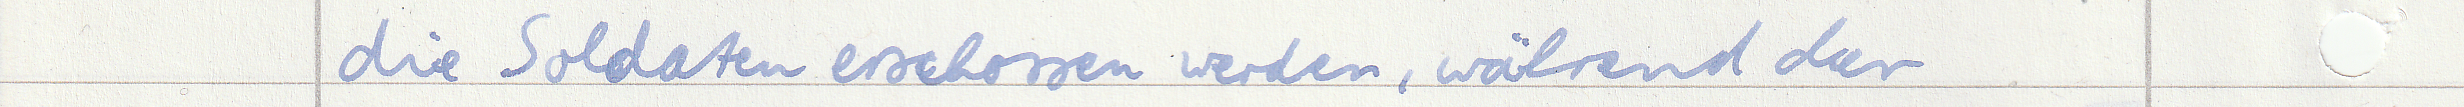
die Soldaten erschossen werden, während der